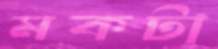
মকটা